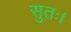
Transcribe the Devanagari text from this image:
सुतः।